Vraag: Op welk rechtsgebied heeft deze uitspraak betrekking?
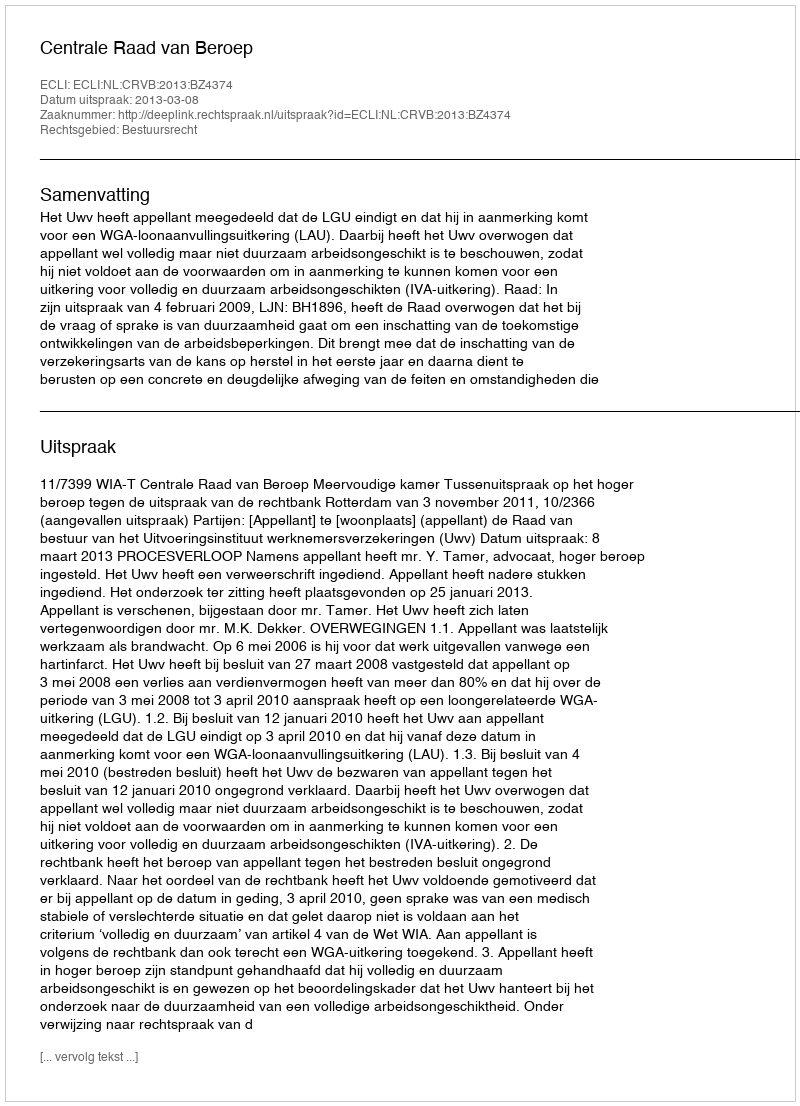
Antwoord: Bestuursrecht